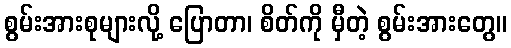
စွမ်းအားစုများလို့ ပြောတာ၊ စိတ်ကို မှီတဲ့ စွမ်းအားတွေ။